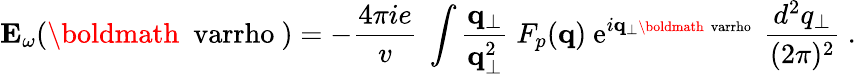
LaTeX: {\mathbf E}_{\omega}({\mathrm{\boldmath~\ varrho~}})=-{\frac{4\pi ie}{v}}\ \int{\frac{{\mathbf q}_{\bot}}{{\mathbf q}_{\bot}^{2}}}\; F_{p}({\mathbf q})\ \mathrm{e}^{i{\mathbf q}_{\bot}{\mathrm{\scriptsize\boldmath~\ varrho~}}}\; {\frac{d^{2}q_{\bot}}{(2\pi)^{2}}}\ .